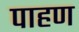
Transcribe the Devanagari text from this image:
पाहण